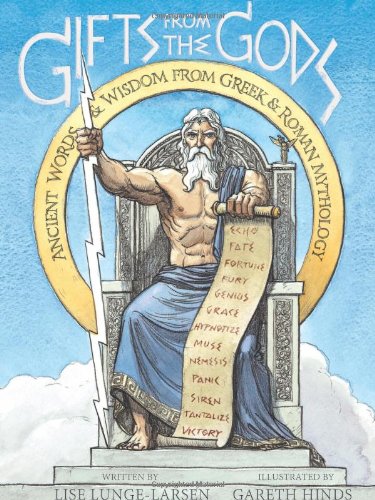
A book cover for Gifts from the Gods: Ancient Words and Wisdom from Greek and Roman Mythology; Lise Lunge-Larsen; Children's Books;